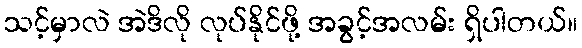
သင့်မှာလဲ အဲဒိလို လုပ်နိုင်ဖို့ အခွင့်အလမ်း ရှိပါတယ်။